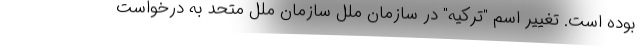
بوده است. تغییر اسم "ترکیه" در سازمان ملل سازمان ملل متحد به درخواست